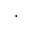
\cdot